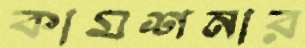
কামশনার